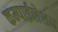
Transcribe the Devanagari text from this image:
कम्पाईलेशन